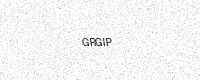
Text: GRGIP